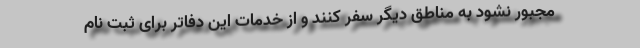
مجبور نشود به مناطق دیگر سفر کنند و از خدمات این دفاتر برای ثبت نام